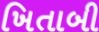
ખિતાબી